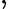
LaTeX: ,